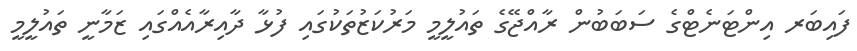
ފައިބަރ އިންޓަނެޓްގެ ސަބަބުން ރާއްޖޭގެ ތައުލީމީ މަރުކަޒުތަކުގައި ފުޅާ ދާއިރާއެއްގައި ޒަމާނީ ތައުލީމީ